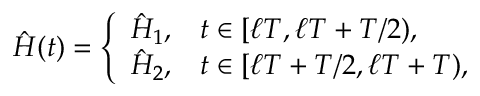
\hat { H } ( t ) = \left\{ \begin{array} { l l } { \hat { H } _ { 1 } , } & { t \in [ \ell T , \ell T + T / 2 ) , } \\ { \hat { H } _ { 2 } , } & { t \in [ \ell T + T / 2 , \ell T + T ) , } \end{array} \right.